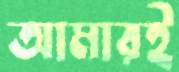
আমারই